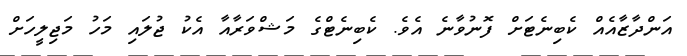
އަންދާޒާއެއް ކެބިނެޓަށް ފޮނުވާނެ އެވެ. ކެބިނެޓްގެ މަޝްވަރާއާ އެކު ޖުލައި މަހު މަޖިލީހަށް